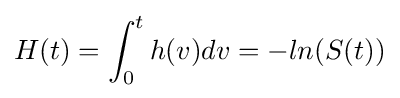
H(t)=\int _{0}^{t}h(v)dv=-ln(S(t))